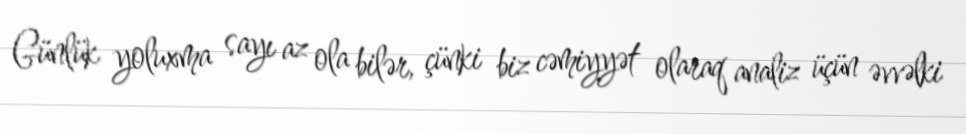
Günlük yoluxma sayı az ola bilər, çünki biz cəmiyyət olaraq analiz üçün əvvəlki